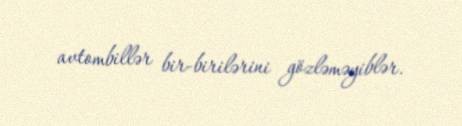
avtombillər bir-birilərini gözləməyiblər.